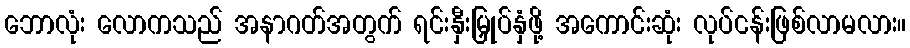
ဘောလုံး လောကသည် အနာဂတ်အတွက် ရင်းနှီးမြှုပ်နှံဖို့ အကောင်းဆုံး လုပ်ငန်းဖြစ်လာမလား။